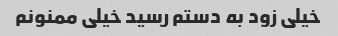
خیلی زود به دستم رسید خیلی ممنونم